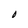
Character: O